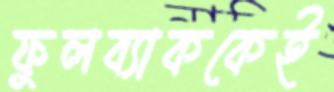
ফুলব্যাককেই